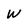
Character: w